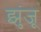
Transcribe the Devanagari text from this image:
झुंजू